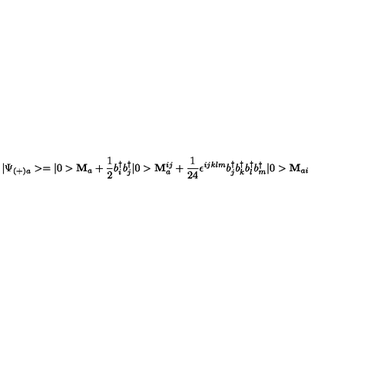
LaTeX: | \Psi _ { ( + ) a } > = | 0 > { \bf M } _ { a } + \frac { 1 } { 2 } b _ { i } ^ { \dagger } b _ { j } ^ { \dagger } | 0 > { \bf M } _ { a } ^ { i j } + \frac { 1 } { 2 4 } \epsilon ^ { i j k l m } b _ { j } ^ { \dagger } b _ { k } ^ { \dagger } b _ { l } ^ { \dagger } b _ { m } ^ { \dagger } | 0 > { \bf M } _ { a i }